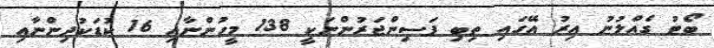
ބޯޓު ގެއްލުުނު އިރު އޭގައި ތިބި ފަސިންޖަރުންނަކީ 138 މީހުންނާއި 16 ކުޑަކުދިންނާއި